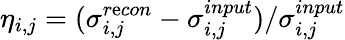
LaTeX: \eta_{i,j}=(\sigma_{i,j}^{r\mathrm{e}con}-\sigma_{i,j}^{input})/\sigma_{i,j}^{input}